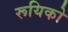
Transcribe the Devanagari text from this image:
रूयिको